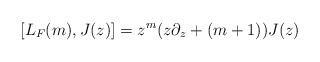
LaTeX: \begin{align*}[L_F(m),J(z)] = z^m(z\partial_z + (m+1))J(z)\end{align*}